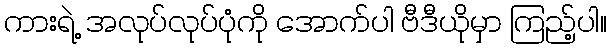
ကားရဲ့ အလုပ်လုပ်ပုံကို အောက်ပါ ဗီဒီယိုမှာ ကြည့်ပါ။